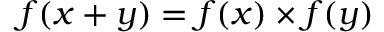
f ( x + y ) = f ( x ) \times f ( y )